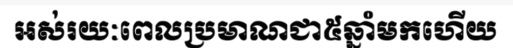
អស់រយៈពេលប្រមាណជា៥ឆ្នាំមកហើយ